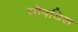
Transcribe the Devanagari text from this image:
सोपडिश